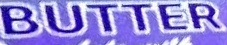
BUTTER